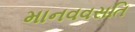
માનવવસતિ